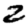
Digit: 2